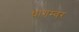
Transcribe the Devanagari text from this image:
धागम्वर